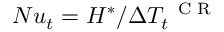
N u _ { t } = H ^ { * } / \Delta T _ { t } ^ { \mathrm { ~ \scriptsize ~ C ~ R ~ } }